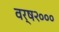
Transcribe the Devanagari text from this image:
वर्ष२०००